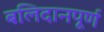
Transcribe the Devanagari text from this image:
बलिदानपूर्ण